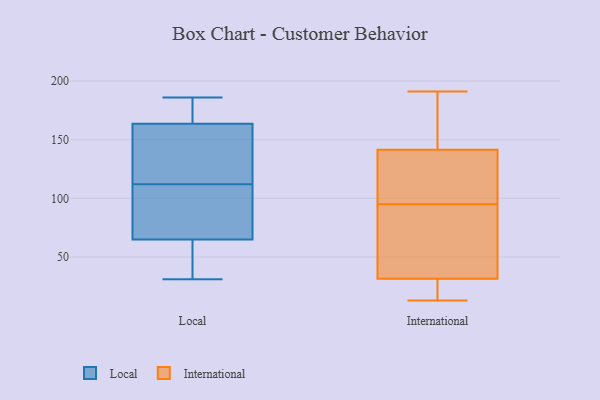
{"axis": {"x": "Churn Rate (%)", "y": "Value"}, "legend": ["International", "Local"], "data": [{"x": "", "y": 166, "type": "Local"}, {"x": "", "y": 107, "type": "Local"}, {"x": "", "y": 186, "type": "Local"}, {"x": "", "y": 57, "type": "Local"}, {"x": "", "y": 46, "type": "Local"}, {"x": "", "y": 117, "type": "Local"}, {"x": "", "y": 130, "type": "Local"}, {"x": "", "y": 139, "type": "Local"}, {"x": "", "y": 49, "type": "Local"}, {"x": "", "y": 157, "type": "Local"}, {"x": "", "y": 99, "type": "Local"}, {"x": "", "y": 73, "type": "Local"}, {"x": "", "y": 170, "type": "Local"}, {"x": "", "y": 31, "type": "Local"}, {"x": "", "y": 100, "type": "Local"}, {"x": "", "y": 185, "type": "Local"}, {"x": "", "y": 53, "type": "Local"}, {"x": "", "y": 107, "type": "Local"}, {"x": "", "y": 180, "type": "Local"}, {"x": "", "y": 161, "type": "Local"}, {"x": "", "y": 61, "type": "International"}, {"x": "", "y": 144, "type": "International"}, {"x": "", "y": 13, "type": "International"}, {"x": "", "y": 118, "type": "International"}, {"x": "", "y": 191, "type": "International"}, {"x": "", "y": 134, "type": "International"}, {"x": "", "y": 18, "type": "International"}, {"x": "", "y": 175, "type": "International"}, {"x": "", "y": 134, "type": "International"}, {"x": "", "y": 95, "type": "International"}, {"x": "", "y": 45, "type": "International"}, {"x": "", "y": 95, "type": "International"}, {"x": "", "y": 24, "type": "International"}, {"x": "", "y": 27, "type": "International"}, {"x": "", "y": 176, "type": "International"}]}